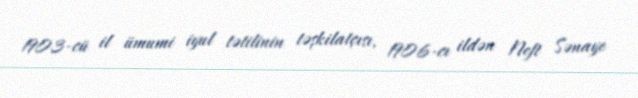
1903-cü il ümumi iyul tətilinin təşkilatçısı, 1906-cı ildən Neft Sənaye